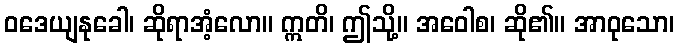
ဝဒေယျနုခေါ၊ ဆိုရာအံ့လော။ ဣတိ၊ ဤသို့။ အဝေါစ၊ ဆို၏။ အာဝုသော၊